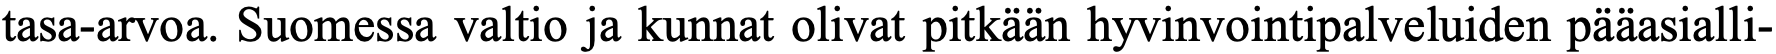
tasa-arvoa. Suomessa valtio ja kunnat olivat pitkään hyvinvointipalveluiden pääasialli-